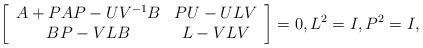
LaTeX: \begin{align*}\left[\begin{array}{cc} A+PAP-UV^{-1}B&PU-ULV\\ BP-VLB&L-VLV \end{array}\right]=0,L^2=I,P^2=I,\end{align*}